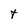
Character: t